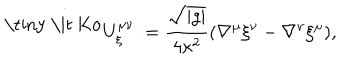
LaTeX: \ ^ { \mathrm { \tiny ~ \it ~ K o } } U _ { \xi } ^ { \mu \nu } : = \frac { \sqrt { \left| g \right| } } { 4 \kappa ^ { 2 } } ( \nabla ^ { \mu } \xi ^ { \nu } - \nabla ^ { \nu } \xi ^ { \mu } ) ,